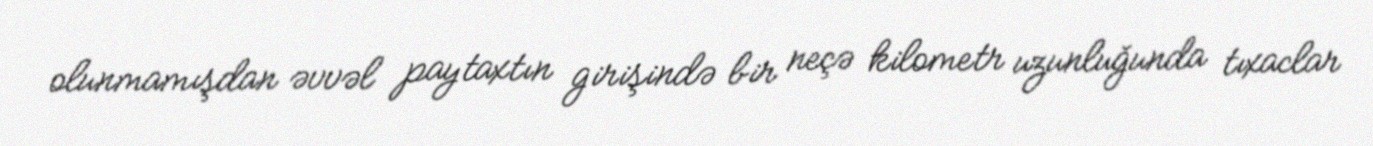
olunmamışdan əvvəl paytaxtın girişində bir neçə kilometr uzunluğunda tıxaclar